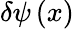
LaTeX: \delta\psi\left(x\right)